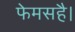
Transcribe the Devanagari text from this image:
फेमसहै।